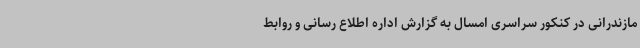
مازندرانی در کنکور سراسری امسال به گزارش اداره اطلاع رسانی و روابط